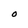
Character: O